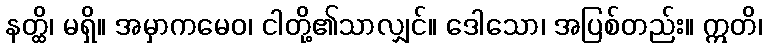
နတ္ထိ၊ မရှိ။ အမှာကမေဝ၊ ငါတို့၏သာလျှင်။ ဒေါသော၊ အပြစ်တည်း။ ဣတိ၊